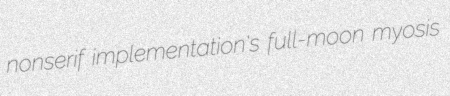
nonserif implementation's full-moon myosis